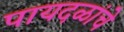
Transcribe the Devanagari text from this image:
पायदळांचे